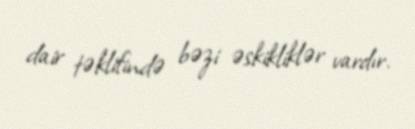
dair təklifində bəzi əskikliklər vardır.